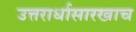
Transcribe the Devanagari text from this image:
उत्तरार्धासारखाच